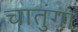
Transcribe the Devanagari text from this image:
चातुंगा